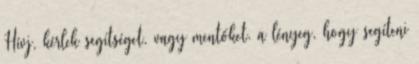
Hívj, kérlek segítséget. vagy mentőket. a lényeg, hogy segíteni